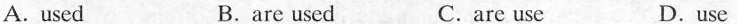
A.used B.are used C.are use D.use